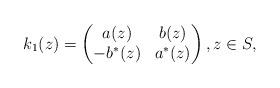
LaTeX: \begin{gather*}k_1(z)=\left(\begin{matrix} a(z)&b(z)\\-b^*(z)&a^*(z)\end{matrix} \right),z\in S,\end{gather*}